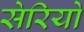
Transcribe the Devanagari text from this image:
सेरियो